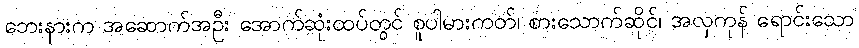
ဘေးနားက အဆောက်အဦး အောက်ဆုံးထပ်တွင် စူပါမားကတ်၊ စားသောက်ဆိုင်၊ အလှကုန် ရောင်းသော